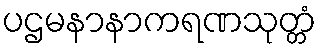
ပဌမနာနာကရဏသုတ္တံ